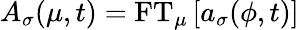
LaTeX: A_{\sigma}(\mu,t)=\mathrm{FT}_{\mu}\left[a_{\sigma}(\phi,t)\right]